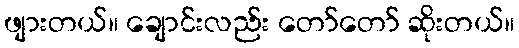
ဖျားတယ်။ ချောင်းလည်း တော်တော် ဆိုးတယ်။